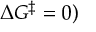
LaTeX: \Delta G ^ { \ddagger } = 0 )